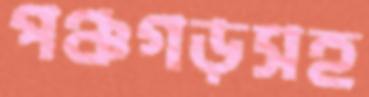
পঞ্চগড়সহ